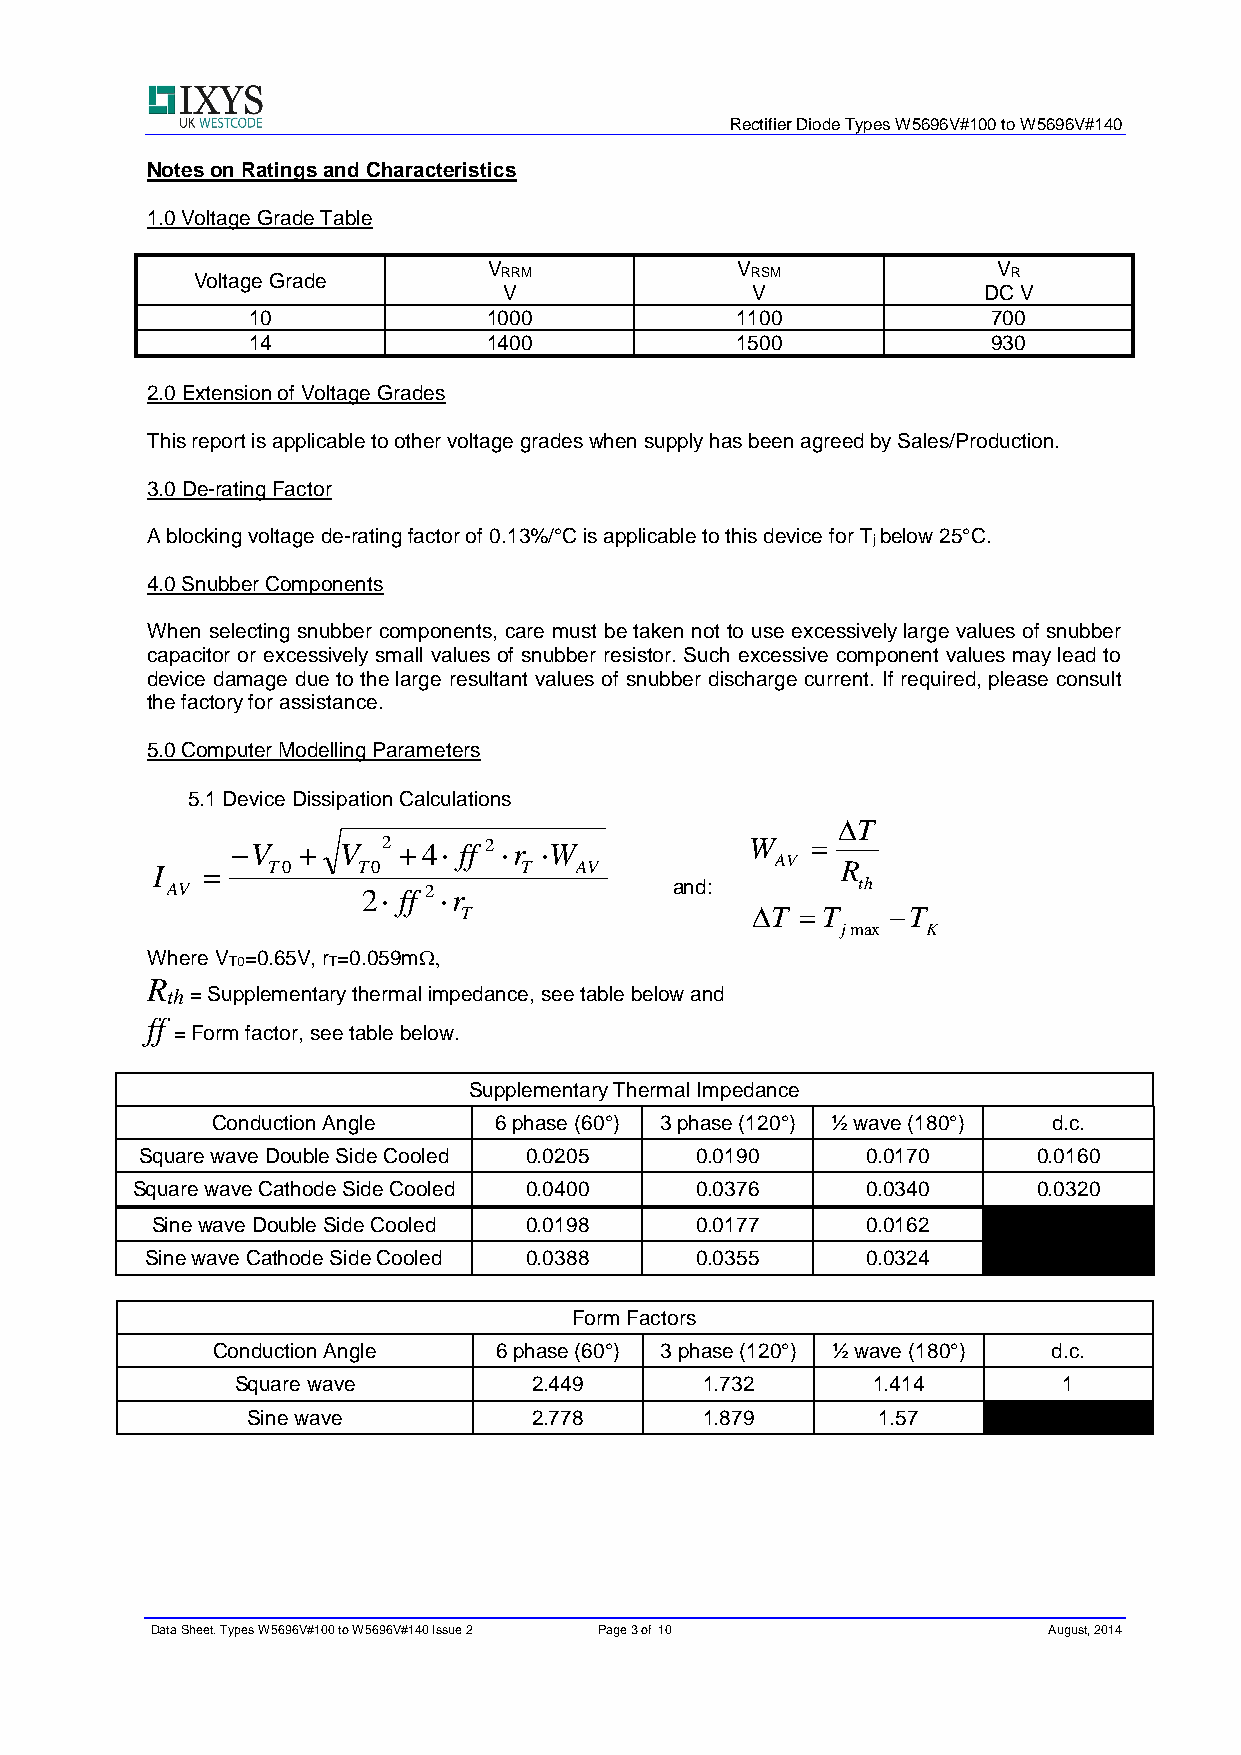
Rectifier Diode Types W5696V#100 to W5696V#140
 Notes on Ratings and Characteristics
 1.0 Voltage Grade Table
 V                V                V
 Voltage Grade       RRM              RSM              R
 V                V              DC V
 10              1000             1100             700
 14              1400             1500             930
 2.0 Extension of Voltage Grades
 This report is applicable to other voltage grades when supply has been agreed by Sales/Production.
 3.0 De-rating Factor
 A blocking voltage de-rating factor of 0.13%/°C is applicable to this device for T below 25°C.
 j
 4.0 Snubber Components
 When selecting snubber components, care must be taken not to use excessively large values of snubber
 capacitor or excessively small values of snubber resistor. Such excessive component values may lead to
 device damage due to the large resultant values of snubber discharge current. If required, please consult
 the factory for assistance.
 5.0 Computer Modelling Parameters
 5.1 Device Dissipation Calculations
 T
 −V   +  V 2 +4 ff 2 r W         W   =
 I  =    T0    T0        T   AV           AV   R
 AV           2 ff 2 r          and:         th
 T                   T =T    −T
 jmax K
 Where V =0.65V, r =0.059m
 T0     T
 R
 th = Supplementary thermal impedance, see table below and
 ff
 = Form factor, see table below.
 Supplementary Thermal Impedance
 Conduction Angle   6 phase (60°) 3 phase (120°) ½ wave (180°) d.c.
 Square wave Double Side Cooled 0.0205 0.0190    0.0170      0.0160
 Square wave Cathode Side Cooled 0.0400 0.0376   0.0340      0.0320
 Sine wave Double Side Cooled 0.0198 0.0177     0.0162
 Sine wave Cathode Side Cooled 0.0388 0.0355    0.0324
 Form Factors
 Conduction Angle   6 phase (60°) 3 phase (120°) ½ wave (180°) d.c.
 Square wave        2.449      1.732       1.414       1
 Sine wave          2.778      1.879       1.57
 Data Sheet. Types W5696V#100 to W5696V#140 Issue 2 Page 3 of10 August, 2014